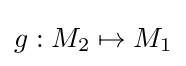
g:M_{2}\mapsto M_{1}